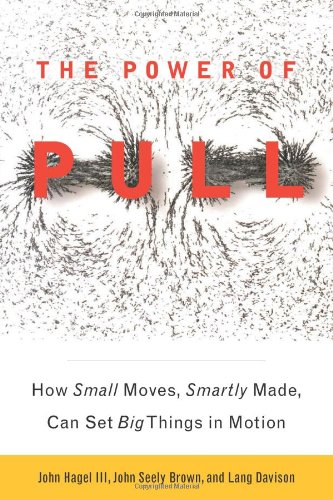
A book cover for The Power of Pull: How Small Moves, Smartly Made, Can Set Big Things in Motion; John Hagel  III; Business & Money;